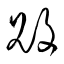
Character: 敗